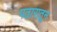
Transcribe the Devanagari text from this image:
पठारातून